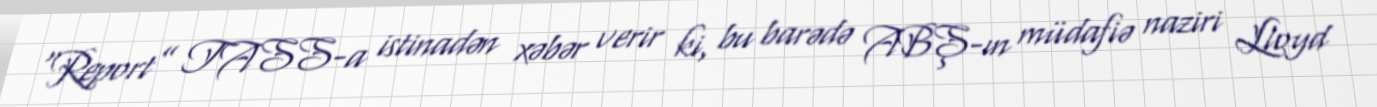
“Report” TASS-a istinadən xəbər verir ki, bu barədə ABŞ-ın müdafiə naziri Lloyd